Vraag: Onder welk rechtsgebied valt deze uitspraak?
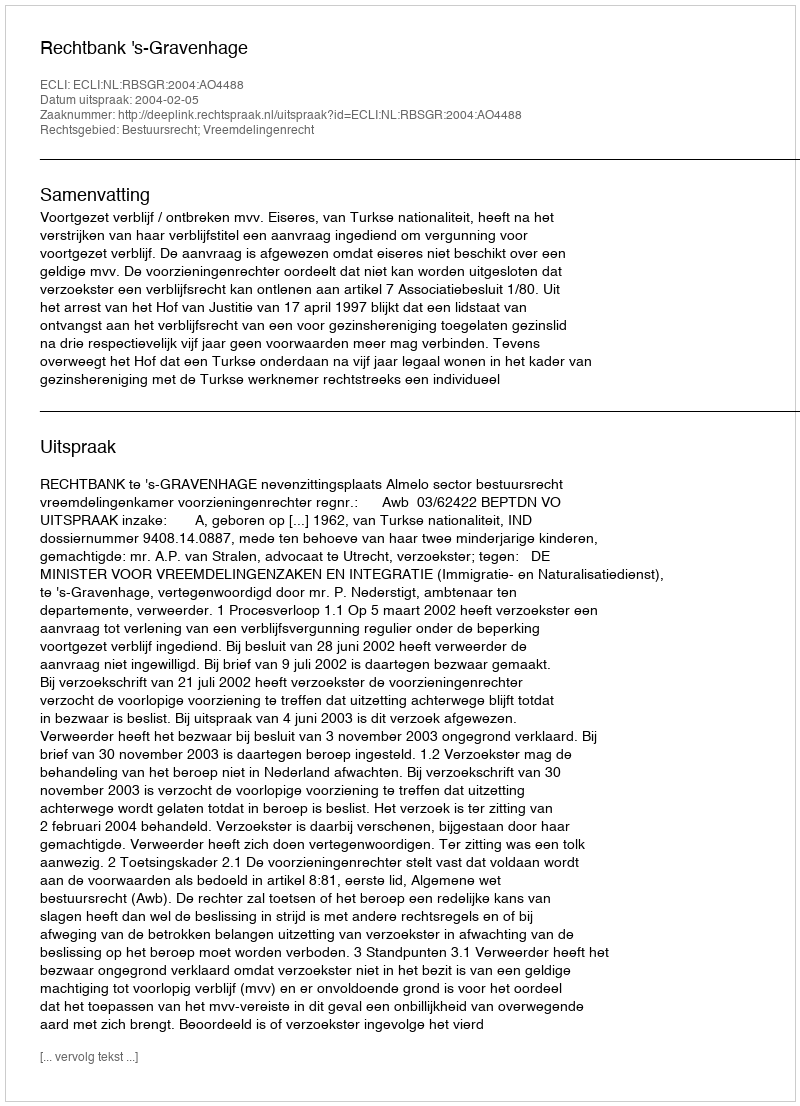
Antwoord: Bestuursrecht; Vreemdelingenrecht